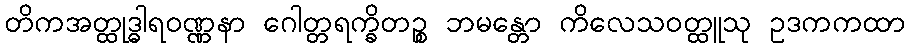
တိကအတ္ထုဒ္ဓါရဝဏ္ဏနာ ဂေါတ္တရက္ခိတဉ္စ ဘမန္တော ကိလေသဝတ္ထူသု ဥဒကကထာ